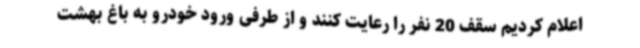
اعلام کردیم سقف 20 نفر را رعایت کنند و از طرفی ورود خودرو به باغ بهشت